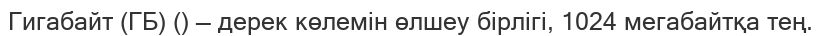
Гигабайт (ГБ) () — дерек көлемін өлшеу бірлігі, 1024 мегабайтқа тең.